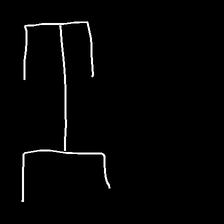
Glyph: entwine